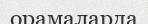
орамаларда